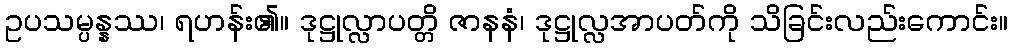
ဥပသမ္ပန္နဿ၊ ရဟန်း၏။ ဒုဋ္ဌုလ္လာပတ္တိ ဇာနနံ၊ ဒုဋ္ဌုလ္လအာပတ်ကို သိခြင်းလည်းကောင်း။